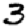
Digit: 3